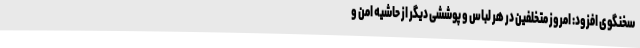
سخنگوی افزود: امروز متخلفین در هر لباس و پوششی دیگر از حاشیه امن و